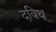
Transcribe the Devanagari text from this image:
दविथ्